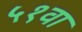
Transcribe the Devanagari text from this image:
५१वा